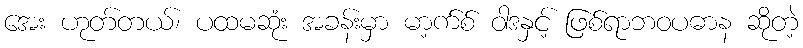
အေး ဟုတ်တယ်၊ ပထမဆုံး အခန်းမှာ မာ့က်စ် ဝါဒနှင့် ဖြစ်ရာဘဝပဓာန ဆိုတဲ့